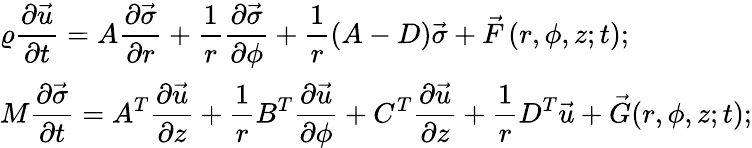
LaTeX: \begin{array}{l}{\displaystyle\varrho\frac{\partial\vec{u}}{\partial t}=A\frac{\partial\vec{\sigma}}{\partial r}+\frac{1}{r}\frac{\partial{\vec{\sigma}}}{\partial\phi}+\displaystyle\frac{1}{r}\left(A-D\right)\vec{\sigma}+\vec{F}\left(r,\phi,z;t\right);}\\ {\displaystyle M\frac{\partial\vec{\sigma}}{\partial t}=A^{T}\frac{\partial\vec{u}}{\partial z}+\frac{1}{r}B^{T}\frac{\partial\vec{u}}{\partial\phi}+C^{T}\frac{\partial{\vec{u}}}{\partial z}+\frac{1}{r}D^{T}\vec{u}+\vec{G}(r,\phi,z;t);}\end{array}